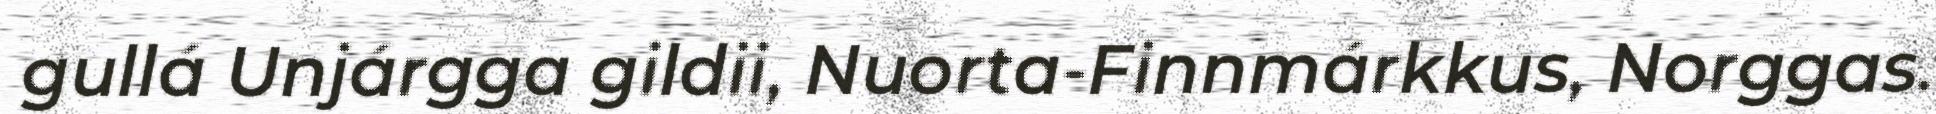
gullá Unjárgga gildii, Nuorta-Finnmárkkus, Norggas.